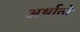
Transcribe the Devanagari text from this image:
अर्थातो